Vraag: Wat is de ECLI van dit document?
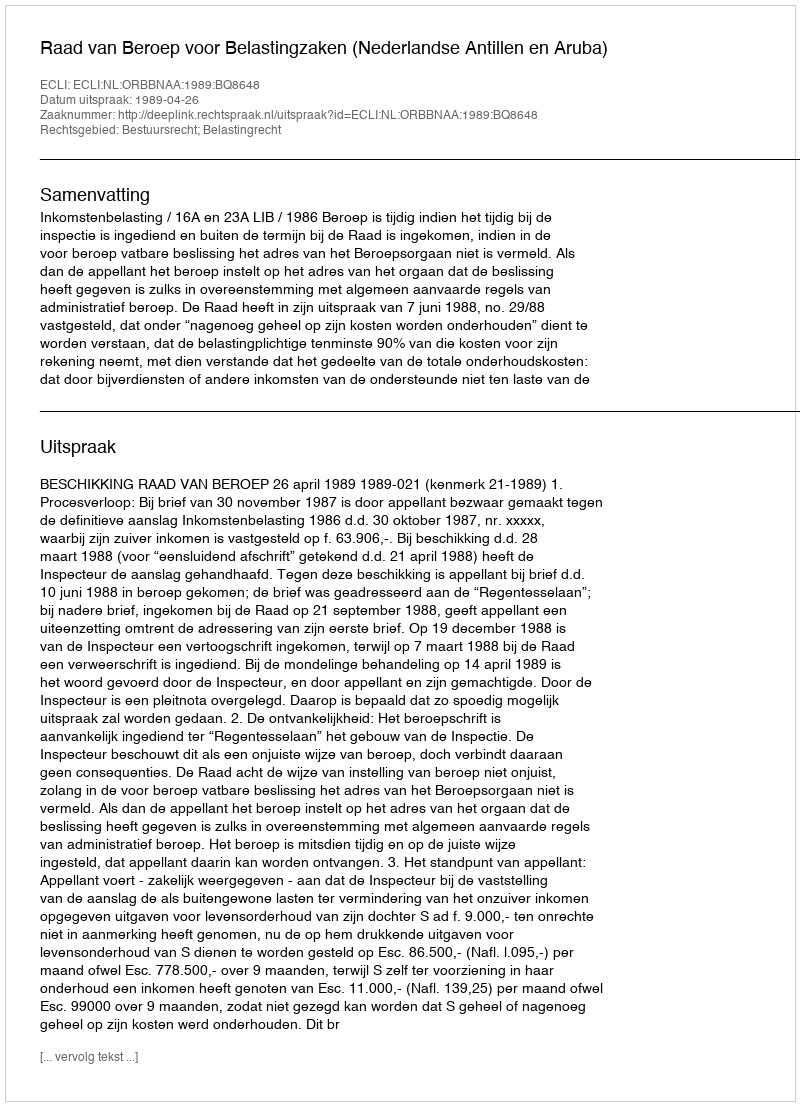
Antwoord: ECLI:NL:ORBBNAA:1989:BQ8648